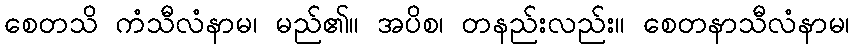
စေတသိ ကံသီလံနာမ၊ မည်၏။ အပိစ၊ တနည်းလည်း။ စေတနာသီလံနာမ၊